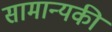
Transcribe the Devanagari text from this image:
सामान्यकी